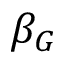
\beta _ { G }